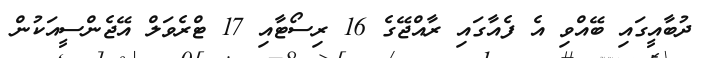
ދުބާއީގައި ބޭއްވި އެ ފެއާގައި ރާއްޖޭގެ 16 ރިސޯޓާއި 17 ޓްރެވަލް އޭޖެންސީއަކުން